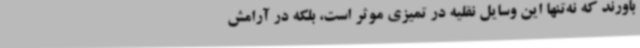
باورند که نه‌تنها این وسایل نقلیه در تمیزی موثر است، بلکه در آرامش